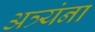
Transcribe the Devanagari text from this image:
अत्र्यंना